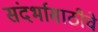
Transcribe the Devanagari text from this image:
संदर्भासाठीचे